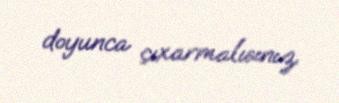
doyunca çıxarmalısınız.